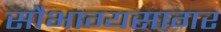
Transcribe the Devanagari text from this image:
सौभाग्यसागर